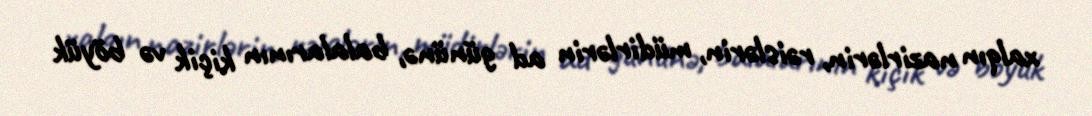
xalqın nazirlərin, rəislərin, müdirlərin ad gününə, balalarının kiçik və böyük